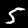
Label: 5